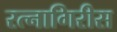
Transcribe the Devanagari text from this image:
रत्नागिरीस